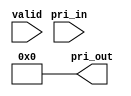
/////////////////////////////////////////////////////////////////////
////                                                             ////
////  WISHBONE DMA Priority Encoder Sub-Module                   ////
////                                                             ////
////                                                             ////
////          rudi@asics.ws                                      ////
////                                                             ////
////                                                             ////
////  Downloaded from: http://www.opencores.org/cores/wb_dma/    ////
////                                                             ////
/////////////////////////////////////////////////////////////////////
////                                                             ////
//// Copyright (C) 2000-2002 Rudolf Usselmann                    ////
////                         www.asics.ws                        ////
////                         rudi@asics.ws                       ////
////                                                             ////
//// This source file may be used and distributed without        ////
//// restriction provided that this copyright statement is not   ////
//// removed from the file and that any derivative work contains ////
//// the original copyright notice and the associated disclaimer.////
////                                                             ////
////     THIS SOFTWARE IS PROVIDED ``AS IS'' AND WITHOUT ANY     ////
//// EXPRESS OR IMPLIED WARRANTIES, INCLUDING, BUT NOT LIMITED   ////
//// TO, THE IMPLIED WARRANTIES OF MERCHANTABILITY AND FITNESS   ////
//// FOR A PARTICULAR PURPOSE. IN NO EVENT SHALL THE AUTHOR      ////
//// OR CONTRIBUTORS BE LIABLE FOR ANY DIRECT, INDIRECT,         ////
//// INCIDENTAL, SPECIAL, EXEMPLARY, OR CONSEQUENTIAL DAMAGES    ////
//// (INCLUDING, BUT NOT LIMITED TO, PROCUREMENT OF SUBSTITUTE   ////
//// GOODS OR SERVICES; LOSS OF USE, DATA, OR PROFITS; OR        ////
//// BUSINESS INTERRUPTION) HOWEVER CAUSED AND ON ANY THEORY OF  ////
//// LIABILITY, WHETHER IN  CONTRACT, STRICT LIABILITY, OR TORT  ////
//// (INCLUDING NEGLIGENCE OR OTHERWISE) ARISING IN ANY WAY OUT  ////
//// OF THE USE OF THIS SOFTWARE, EVEN IF ADVISED OF THE         ////
//// POSSIBILITY OF SUCH DAMAGE.                                 ////
////                                                             ////
/////////////////////////////////////////////////////////////////////

//  CVS Log
//
//  $Id: wb_dma_pri_enc_sub.v,v 1.4 2002-02-01 01:54:45 rudi Exp $
//
//  $Date: 2002-02-01 01:54:45 $
//  $Revision: 1.4 $
//  $Author: rudi $
//  $Locker:  $
//  $State: Exp $
//
// Change History:
//               $Log: not supported by cvs2svn $
//               Revision 1.3  2001/10/19 04:35:04  rudi
//
//               - Made the core parameterized
//
//               Revision 1.2  2001/08/15 05:40:30  rudi
//
//               - Changed IO names to be more clear.
//               - Uniquifyed define names to be core specific.
//               - Added Section 3.10, describing DMA restart.
//
//               Revision 1.1  2001/08/07 08:00:43  rudi
//
//
//               Split up priority encoder modules to separate files
//
//
//
//
//
//


// Priority Encoder
//
// Determines the channel with the highest priority, also takes
// the valid bit in consideration

module wb_dma_pri_enc_sub(valid, pri_in, pri_out);

parameter [3:0]	ch_conf = 4'b0000;
parameter [1:0]	pri_sel = 2'd0;

input		valid;
input	[2:0]	pri_in;
output	[7:0]	pri_out;

wire	[7:0]	pri_out;
reg	[7:0]	pri_out_d;
reg	[7:0]	pri_out_d0;
reg	[7:0]	pri_out_d1;
reg	[7:0]	pri_out_d2;

assign pri_out = ch_conf[0] ? pri_out_d : 8'h0;

// Select Configured Priority
always @(pri_sel or pri_out_d0 or pri_out_d1 or  pri_out_d2)
	case(pri_sel)		// synopsys parallel_case full_case
	   2'd0: pri_out_d = pri_out_d0;
	   2'd1: pri_out_d = pri_out_d1;
	   2'd2: pri_out_d = pri_out_d2;
	endcase

// 8 Priority Levels
always @(valid or pri_in)
	if(!valid)		pri_out_d2 = 8'b0000_0001;
	else
	if(pri_in==3'h0)	pri_out_d2 = 8'b0000_0001;
	else
	if(pri_in==3'h1)	pri_out_d2 = 8'b0000_0010;
	else
	if(pri_in==3'h2)	pri_out_d2 = 8'b0000_0100;
	else
	if(pri_in==3'h3)	pri_out_d2 = 8'b0000_1000;
	else
	if(pri_in==3'h4)	pri_out_d2 = 8'b0001_0000;
	else
	if(pri_in==3'h5)	pri_out_d2 = 8'b0010_0000;
	else
	if(pri_in==3'h6)	pri_out_d2 = 8'b0100_0000;
	else			pri_out_d2 = 8'b1000_0000;

// 4 Priority Levels
always @(valid or pri_in)
	if(!valid)		pri_out_d1 = 8'b0000_0001;
	else
	if(pri_in==3'h0)	pri_out_d1 = 8'b0000_0001;
	else
	if(pri_in==3'h1)	pri_out_d1 = 8'b0000_0010;
	else
	if(pri_in==3'h2)	pri_out_d1 = 8'b0000_0100;
	else			pri_out_d1 = 8'b0000_1000;

// 2 Priority Levels
always @(valid or pri_in)
	if(!valid)		pri_out_d0 = 8'b0000_0001;
	else
	if(pri_in==3'h0)	pri_out_d0 = 8'b0000_0001;
	else			pri_out_d0 = 8'b0000_0010;

endmodule